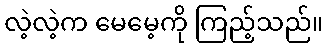
လဲ့လဲ့က မေမေ့ကို ကြည့်သည်။